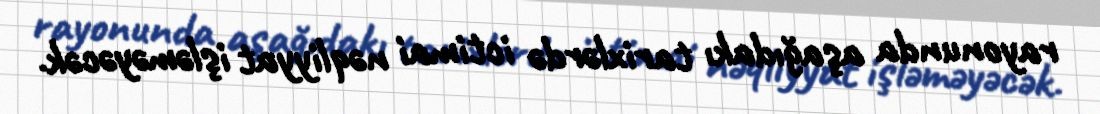
rayonunda aşağıdakı tarixlərdə ictimai nəqliyyat işləməyəcək.